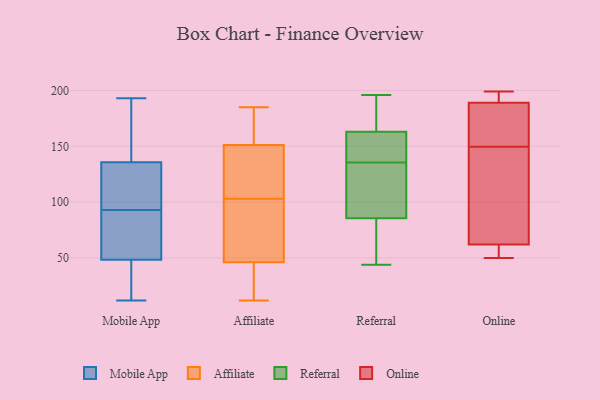
{"axis": {"x": "Temperature (°C)", "y": "Value"}, "legend": ["Affiliate", "Mobile App", "Online", "Referral"], "data": [{"x": "", "y": 44, "type": "Mobile App"}, {"x": "", "y": 120, "type": "Mobile App"}, {"x": "", "y": 33, "type": "Mobile App"}, {"x": "", "y": 164, "type": "Mobile App"}, {"x": "", "y": 53, "type": "Mobile App"}, {"x": "", "y": 137, "type": "Mobile App"}, {"x": "", "y": 132, "type": "Mobile App"}, {"x": "", "y": 126, "type": "Mobile App"}, {"x": "", "y": 47, "type": "Mobile App"}, {"x": "", "y": 77, "type": "Mobile App"}, {"x": "", "y": 88, "type": "Mobile App"}, {"x": "", "y": 55, "type": "Mobile App"}, {"x": "", "y": 138, "type": "Mobile App"}, {"x": "", "y": 153, "type": "Mobile App"}, {"x": "", "y": 193, "type": "Mobile App"}, {"x": "", "y": 120, "type": "Mobile App"}, {"x": "", "y": 21, "type": "Mobile App"}, {"x": "", "y": 12, "type": "Mobile App"}, {"x": "", "y": 93, "type": "Mobile App"}, {"x": "", "y": 13, "type": "Affiliate"}, {"x": "", "y": 68, "type": "Affiliate"}, {"x": "", "y": 12, "type": "Affiliate"}, {"x": "", "y": 174, "type": "Affiliate"}, {"x": "", "y": 185, "type": "Affiliate"}, {"x": "", "y": 180, "type": "Affiliate"}, {"x": "", "y": 39, "type": "Affiliate"}, {"x": "", "y": 76, "type": "Affiliate"}, {"x": "", "y": 72, "type": "Affiliate"}, {"x": "", "y": 84, "type": "Affiliate"}, {"x": "", "y": 154, "type": "Affiliate"}, {"x": "", "y": 24, "type": "Affiliate"}, {"x": "", "y": 143, "type": "Affiliate"}, {"x": "", "y": 119, "type": "Affiliate"}, {"x": "", "y": 103, "type": "Affiliate"}, {"x": "", "y": 127, "type": "Affiliate"}, {"x": "", "y": 16, "type": "Affiliate"}, {"x": "", "y": 122, "type": "Affiliate"}, {"x": "", "y": 183, "type": "Affiliate"}, {"x": "", "y": 44, "type": "Referral"}, {"x": "", "y": 165, "type": "Referral"}, {"x": "", "y": 107, "type": "Referral"}, {"x": "", "y": 152, "type": "Referral"}, {"x": "", "y": 196, "type": "Referral"}, {"x": "", "y": 87, "type": "Referral"}, {"x": "", "y": 126, "type": "Referral"}, {"x": "", "y": 162, "type": "Referral"}, {"x": "", "y": 84, "type": "Referral"}, {"x": "", "y": 78, "type": "Referral"}, {"x": "", "y": 145, "type": "Referral"}, {"x": "", "y": 164, "type": "Referral"}, {"x": "", "y": 199, "type": "Online"}, {"x": "", "y": 58, "type": "Online"}, {"x": "", "y": 118, "type": "Online"}, {"x": "", "y": 154, "type": "Online"}, {"x": "", "y": 145, "type": "Online"}, {"x": "", "y": 62, "type": "Online"}, {"x": "", "y": 189, "type": "Online"}, {"x": "", "y": 188, "type": "Online"}, {"x": "", "y": 189, "type": "Online"}, {"x": "", "y": 50, "type": "Online"}]}